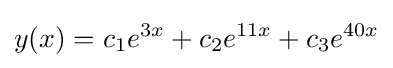
y(x)=c_{1}e^{3x}+c_{2}e^{11x}+c_{3}e^{40x}